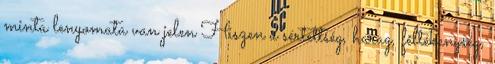
minta lenyomata van jelen Hiszen a sértettség, harag, féltékenység,